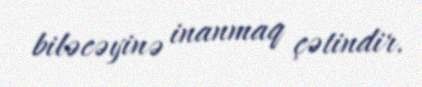
biləcəyinə inanmaq çətindir.